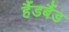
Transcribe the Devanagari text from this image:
हैंडबैंड